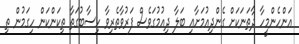
އަންހެންމީހާ ދާތަނަކަށް ގެންދިއުމަށާޢި ބަލާ ދިއުމުގަވެސް ފަރުވާތެރިވާ ހިސާބުގަތާ ތިކަންކަން ހިގަމުން ތި